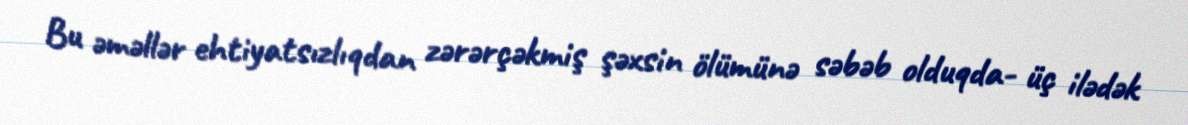
Bu əməllər ehtiyatsızlıqdan zərərçəkmiş şəxsin ölümünə səbəb olduqda- üç ilədək